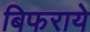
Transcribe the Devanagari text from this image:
बिफराये